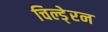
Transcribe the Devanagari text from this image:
चिल्डे्रन